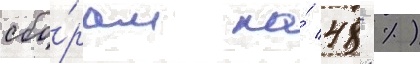
сбо́рам на́ 48 %)